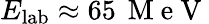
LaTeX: E_{\mathrm{lab}}\approx 65\, \mathrm{~M~e~V~}